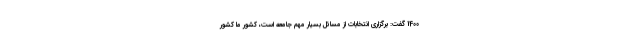
1400 گفت: برگزاری انتخابات از مسائل بسیار مهم جامعه است، کشور ما کشور